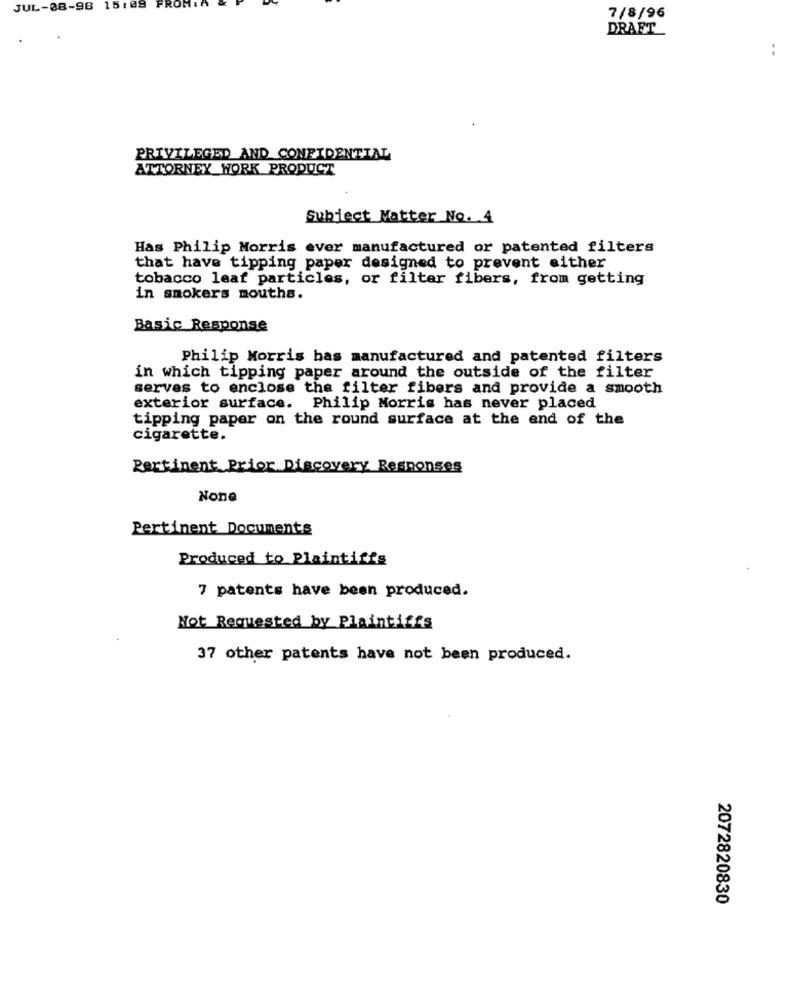
JUL-08-98 15:09
FROM:A
7/8/96
DRAFT
PRIVILEGED AND CONFIDENTIAL
ATTORNEY WORK PRODUCT
Subject Matter No. 4
Has Philip Morris ever manufactured or patented filters
that have tipping paper designed to prevent either
tobacco leaf particles, or filter fibers, from getting
in smokers mouths.
Basic Response
Philip Morris has manufactured and patented filters
in which tipping paper around the outside of the filter
serves to enclose the filter fibers and provide a smooth
exterior surface. Philip Morris has never placed
tipping paper on the round surface at the end of the
cigarette.
Pertinent Prior Discovery Responses
Pertinent Documents
Produced to Plaintiffs
7 patents have been produced.
Not Requested by Plaintiffs
37 other patents have not been produced.
2072820830